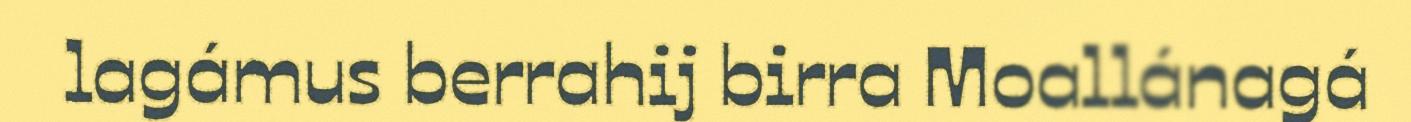
lagámus berrahij birra Moallánagá